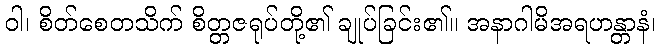
ဝါ၊ စိတ်စေတသိက် စိတ္တဇရုပ်တို့၏ ချုပ်ခြင်း၏။ အနာဂါမိအရဟန္တာနံ၊